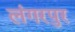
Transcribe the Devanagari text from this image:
लंगरपुर